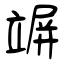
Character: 竮